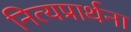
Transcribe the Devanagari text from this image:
नित्यप्रार्थना